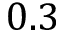
0 . 3